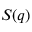
S ( q )